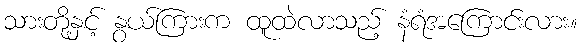
သားတို့နှင့် နွယ်ကြားက ထူထဲလာသည့် နံရံအကြောင်းလား။